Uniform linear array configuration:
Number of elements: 64
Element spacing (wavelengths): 1
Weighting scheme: cosine
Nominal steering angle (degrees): -60
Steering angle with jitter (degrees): -58.743
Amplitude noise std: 0.05
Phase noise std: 0.05

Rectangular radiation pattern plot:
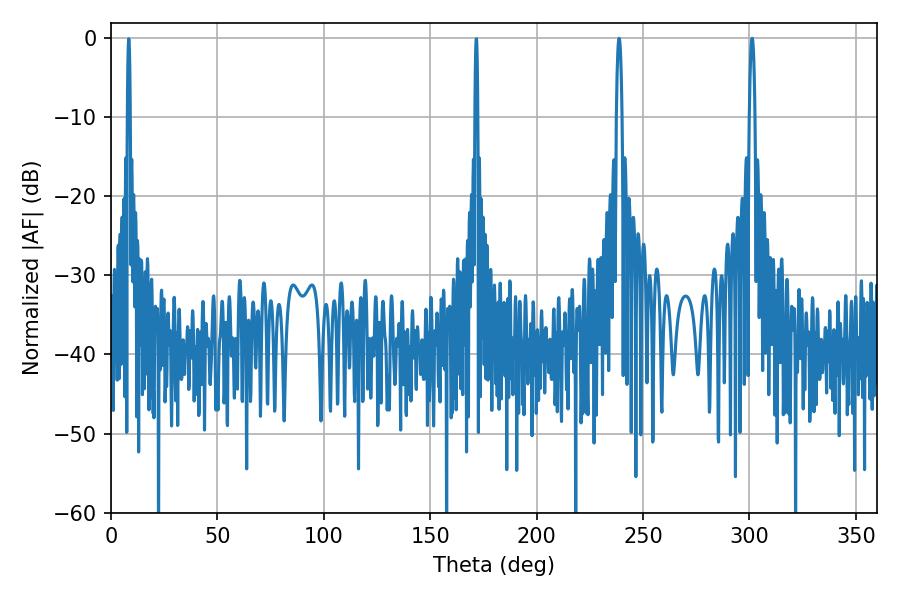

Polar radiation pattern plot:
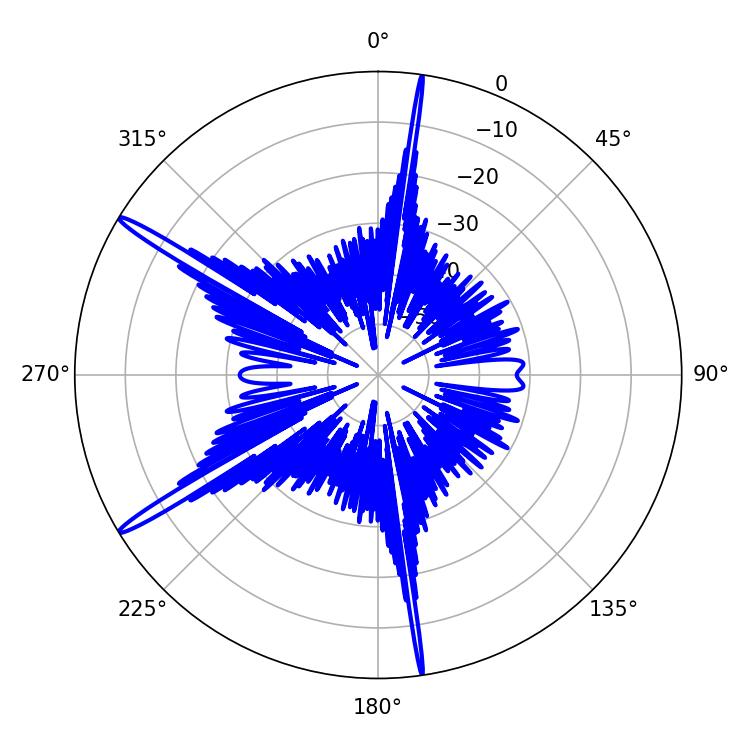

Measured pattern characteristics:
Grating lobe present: TRUE
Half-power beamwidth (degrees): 1.44
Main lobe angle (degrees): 238.68